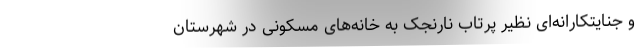
و جنایتکارانه‌ای نظیر پرتاب نارنجک به خانه‌های مسکونی در شهرستان